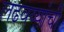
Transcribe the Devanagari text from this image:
लढवय्यांची